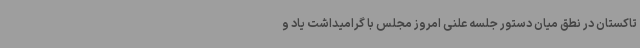
تاکستان در نطق میان دستور جلسه علنی امروز مجلس با گرامیداشت یاد و